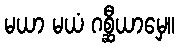
မယာ မယံ ဂစ္ဆီယာမှေ။